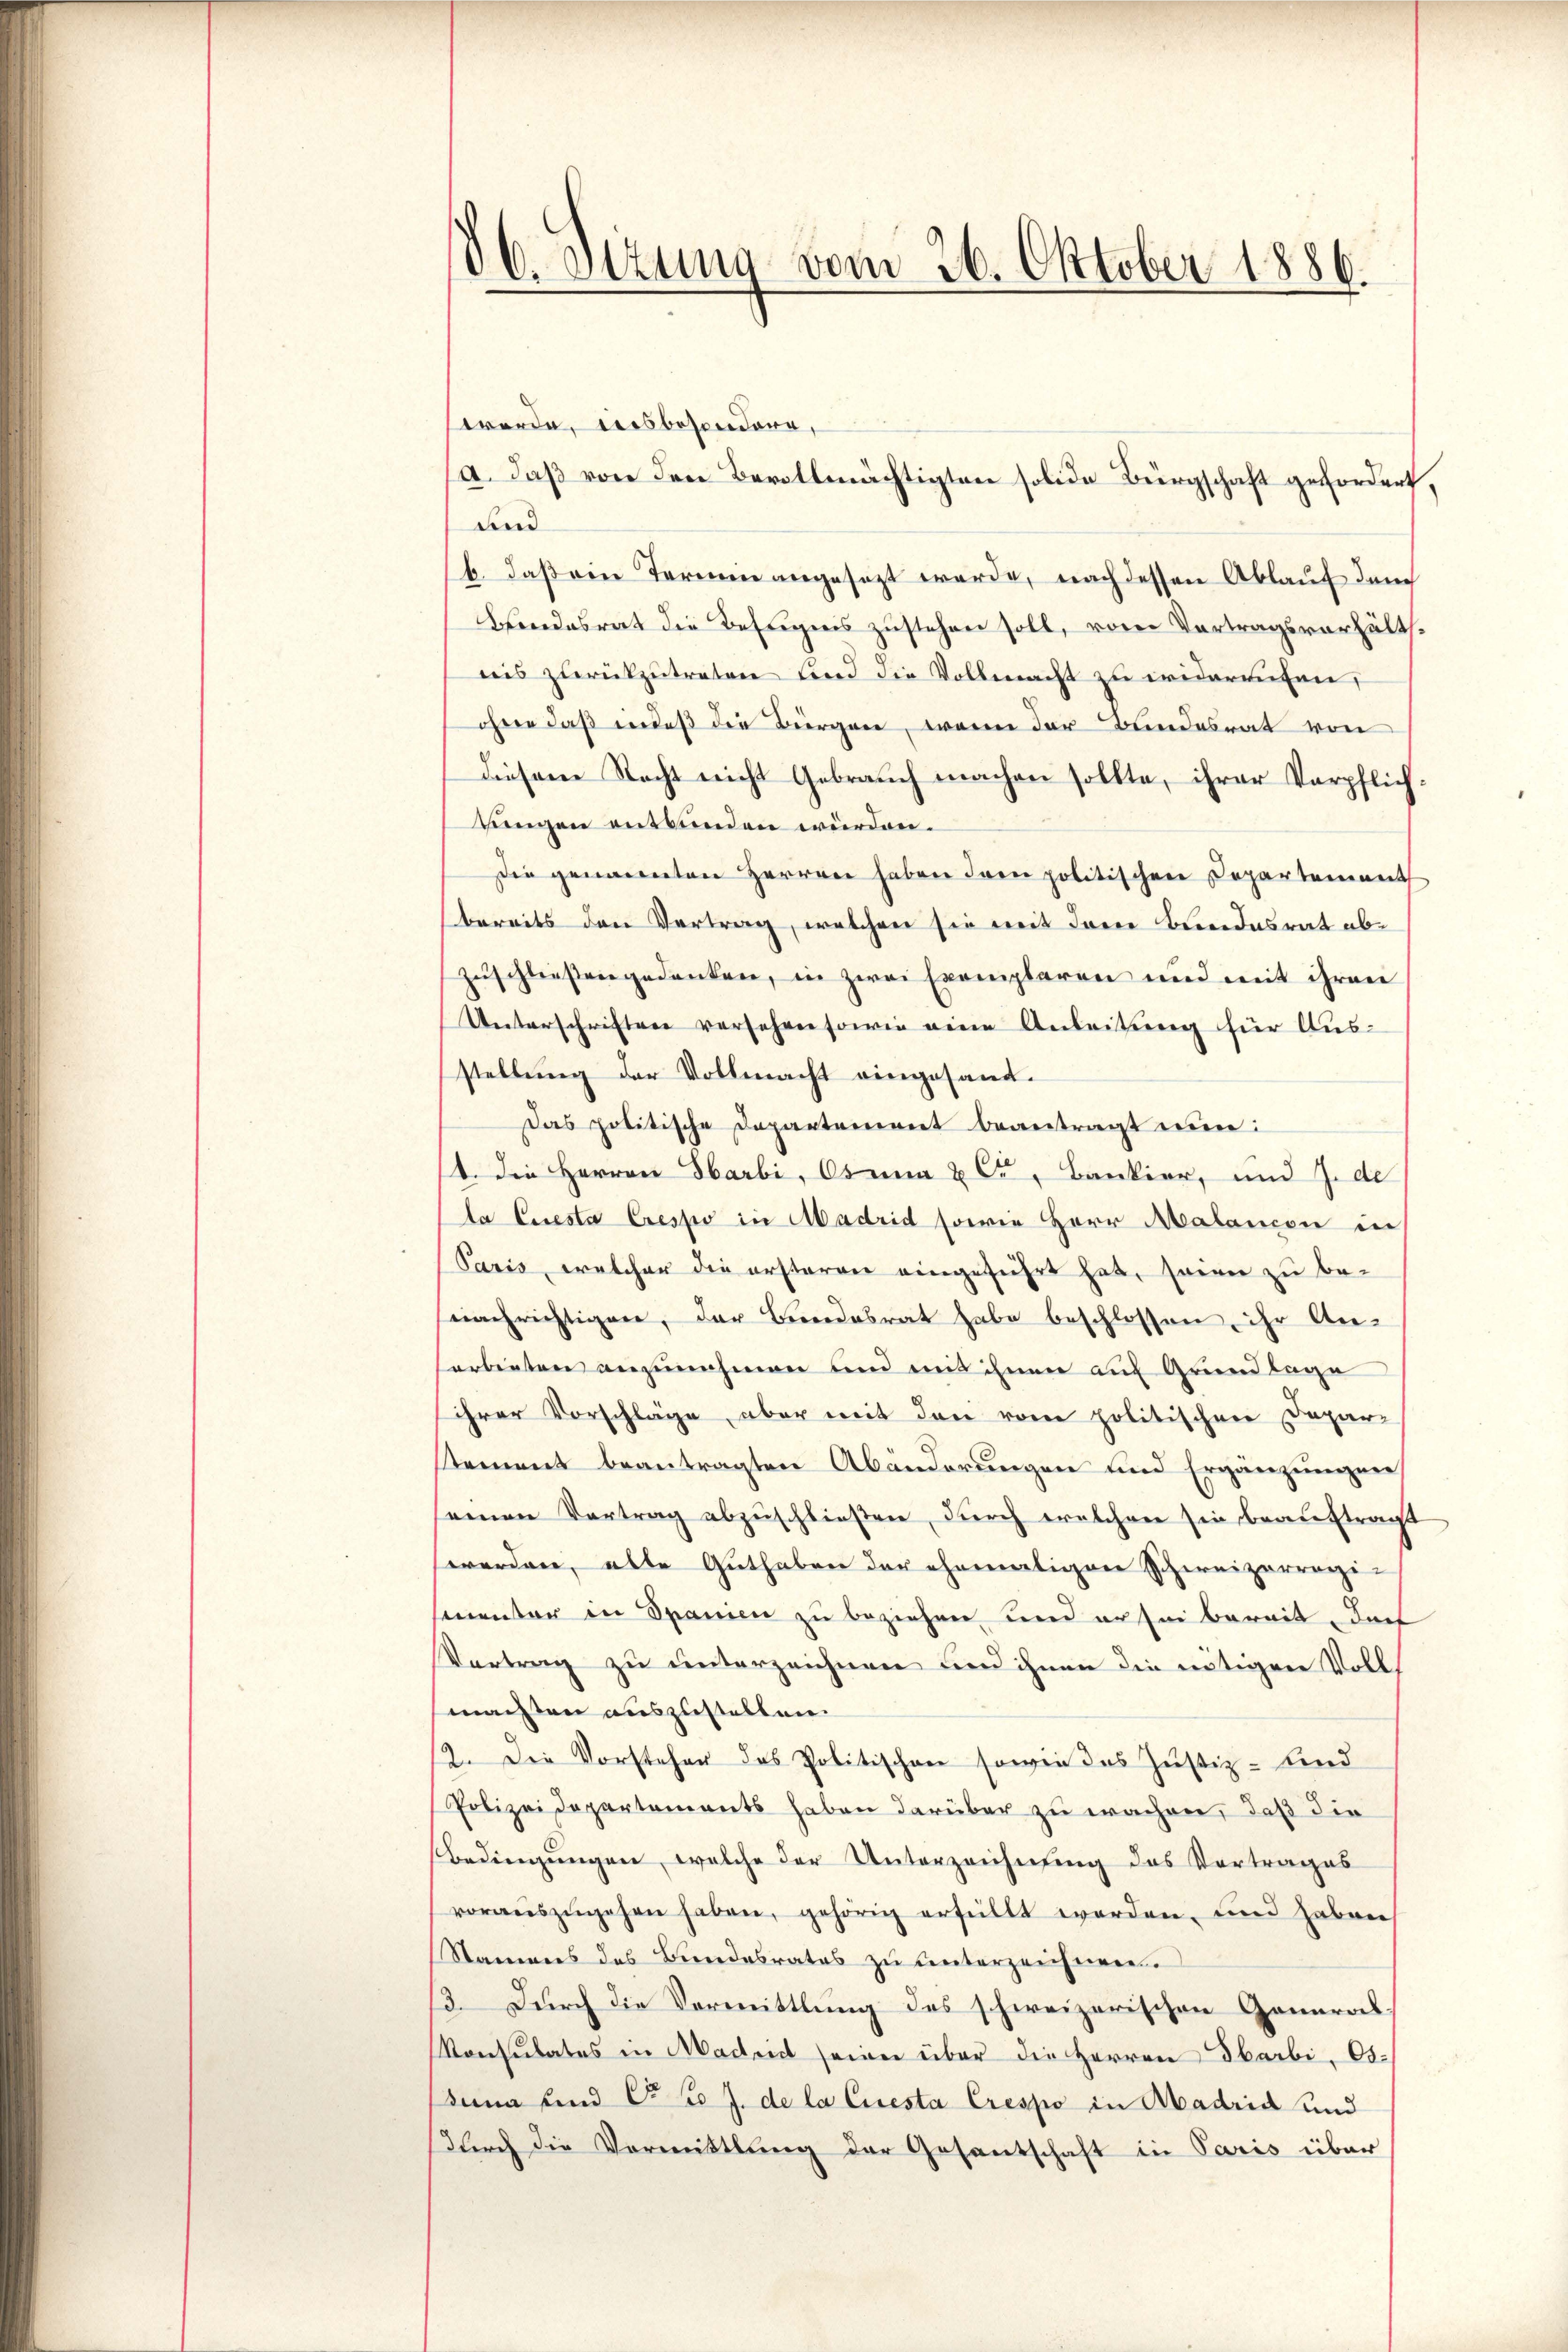
16. Sizung vom 26. Oktober 1886.

werde, diesbesondern,
(a. daß von den Bevollmächtigten solide Bürgschaft gefordert,
und
b. daß ein Termine angesezt werde, nach dessen Ablauf den
Bundesrat die Befugnis zustehen soll, vom Vortragsverhältnis zurückzutreten und die Vollmacht zu widerrufen,
ohne daβ indeß die Bürger, wenn der Bundesrat von
diesen Recht nicht Gebrauch machen sollte, ihrer Verpflichzungen entbunden würden.
Die genannten Herren haben dann politischen Departement
bereits den Vertrag, welchen sie mit dem Bundesrat abzuschließen gedenken, in zwei Exemplaren und mit ihren
Unterschriften versehen sowie eine Anleitung für Ausstellung der Vollmacht eingesand.
Das politische Departement beantragt nun:
1. Die Herren Harbi, Osmna & Cr, Bankier, und J. de
la Ceresta Crespo in Madrid sowie Herr Malancon in
Paris, welcher die ersteren eingeführt hat, seien zu benachrichtigen, der Bundesrat habe beschlossen, ihr Anorbenten anzunehmen und mit ihnen auf Grundlage
ihrer Vorschläge, aber mit den von politischen Depar
tement beantragten Abänderungen und Ergänzungen
seinen Vertrag abzuschließen, durch welchen sie beauftragt
werden, alte Guthaben der ehemaligen Schweizerregimentar in Spanien zu beziehen und er sei bereit, dach
Vortrag zu unterzeichnen und ihnen die nötigen Voll
machten auszustellen.
12. Die Vorsteher das Politischen sowie das Justiz- und
Polizeidepartements haben darüber zu wachen, daß die
Bedingungen, welche der Unterzeichnung des Vortrages
voraŭszŭgehen haben, gehörig erfüllt worden, und haben
Namens des Bundesrates zu unterzeichnen.
13. Durch die Vermittlung des schweizerischen General
Konsulates in Madrid seien über die Herren Sarbi, Ob-
duma und Caso J. de la Ciresta Crespo in Madrid und
(durch die Vermittlung der Gesantschaft in Paris über